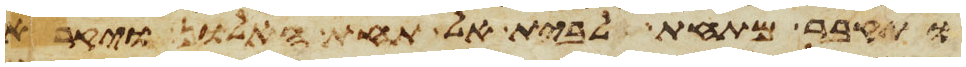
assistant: ותקבר מתחת לבית אל תחת האלון ויקרא